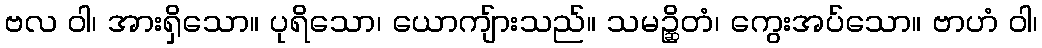
ဗလ ဝါ၊ အားရှိသော။ ပုရိသော၊ ယောကျ်ားသည်။ သမဉ္ဆိတံ၊ ကွေးအပ်သော။ ဗာဟံ ဝါ၊